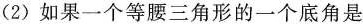
(2)如果一个等腰三角形的一个底角是